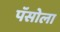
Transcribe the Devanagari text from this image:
पॅसोला